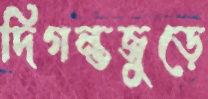
দিগন্তজুড়ে